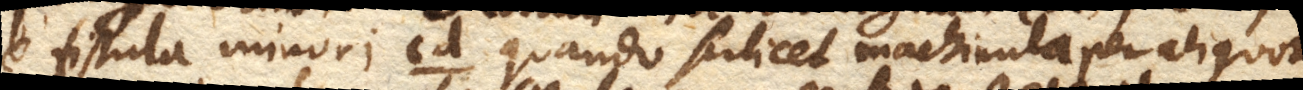
e fistula minori cd. (quando scilicet machinula per aliquot